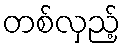
တစ်လှည့်